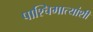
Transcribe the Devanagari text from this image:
पाश्चिमात्यांशी